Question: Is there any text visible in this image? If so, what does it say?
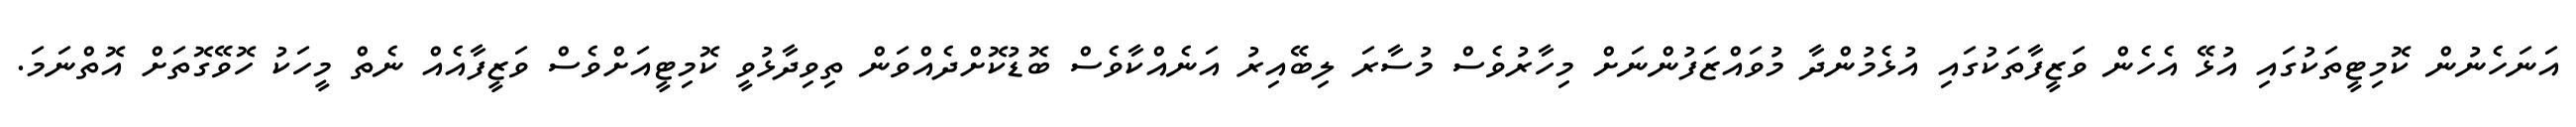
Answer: އަނަހެނުން ކޮމިޓީތަކުގައި އުޅޭ އެހެން ވަޒީފާތަކުގައި އުޅެމުންދާ މުވައްޒަފުންނަށް މިހާރުވެސް މުސާރަ ލިބޭއިރު އަނެއްކާވެސް ބޮޑުކޮށްދެއްވަން ތިވިދާޅުވީ ކޮމިޓީއަށްވެސް ވަޒީފާއެއް ނެތް މީހަކު ހޮވޭގޮތަށް އޮތްނަމަ.